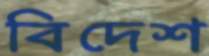
বিদেশ